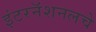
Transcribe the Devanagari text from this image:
इंटरनॅशनलचे